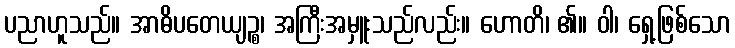
ပညာဟူသည်။ အာဓိပတေယျဉ္စ၊ အကြီးအမှူးသည်လည်း။ ဟောတိ၊ ၏။ ဝါ၊ ရှေ့ဖြစ်သော